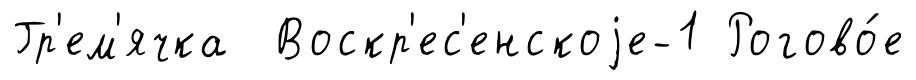
Гр'ем'ячка Воскр'ес'енскоjе-1 Рогово́е